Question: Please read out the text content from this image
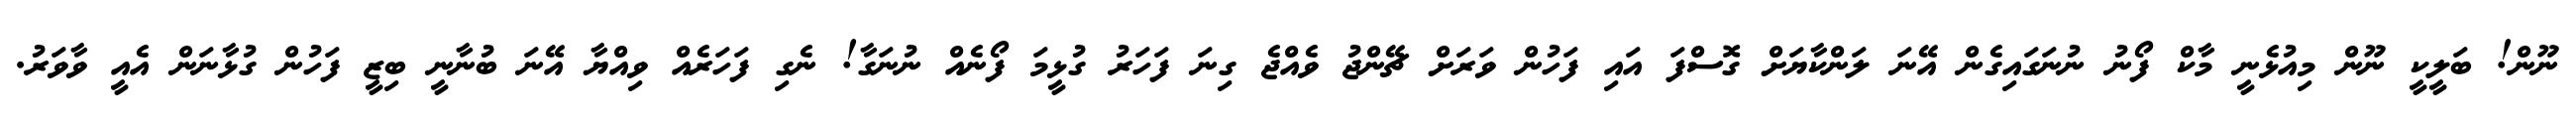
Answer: ނޫން! ބަލީކީ ނޫން މިއުޅެނީ މާކް ފޯނު ނުނަގައިގެން އޭނަ ލަންކާޔަށް ގޮސްފަ އައި ފަހުން ވަރަށް ޗޭންޖު ވެއްޖެ ގިނަ ފަހަރު ގުޅީމަ ފޯނެއް ނުނަގާ! ނެގި ފަހަރެއް ވިއްޔާ އޭނަ ބުނާނީ ބިޒީ ފަހުން ގުޅާނަން އެއީ ވާވަރު.